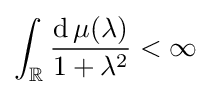
\int _{\mathbb {R} }{\frac {\operatorname {d} \mu (\lambda )}{1+\lambda ^{2}}}<\infty